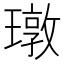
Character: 㻻